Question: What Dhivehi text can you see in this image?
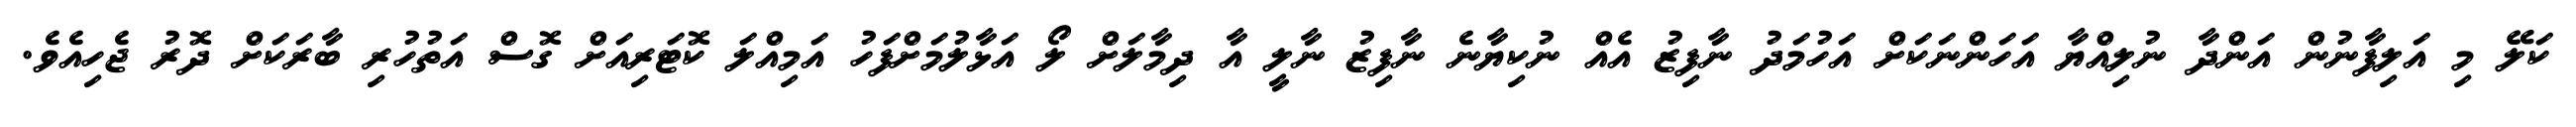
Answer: ކަލޭ މި އަލިފާނުން އަންދާ ނުލިއްޔާ އަހަންނަކަށް އަހުމަދު ނާފިޒު އެއް ނުކިޔާނެ ނާފިޒު ނާލީ އާ ދިމާލަށް ލޯ އަޅާލުމަށްފަހު އަމިއްލަ ކޮޓަރިއަށް ގޮސް އަތުހުރި ބާރަކަށް ދޮރު ޖެހިއެވެ.